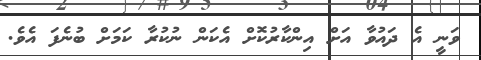
ވަނީ އެ ދައުވާ އަށް އިންކާރުކޮށް އެކަން ނުކުރާ ކަމަށް ބުނެފަ އެވެ.